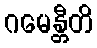
ဂမေန္တီတိ